Annual vaccination report of Bihar and Orissa - 1911-1928
Year: 1911
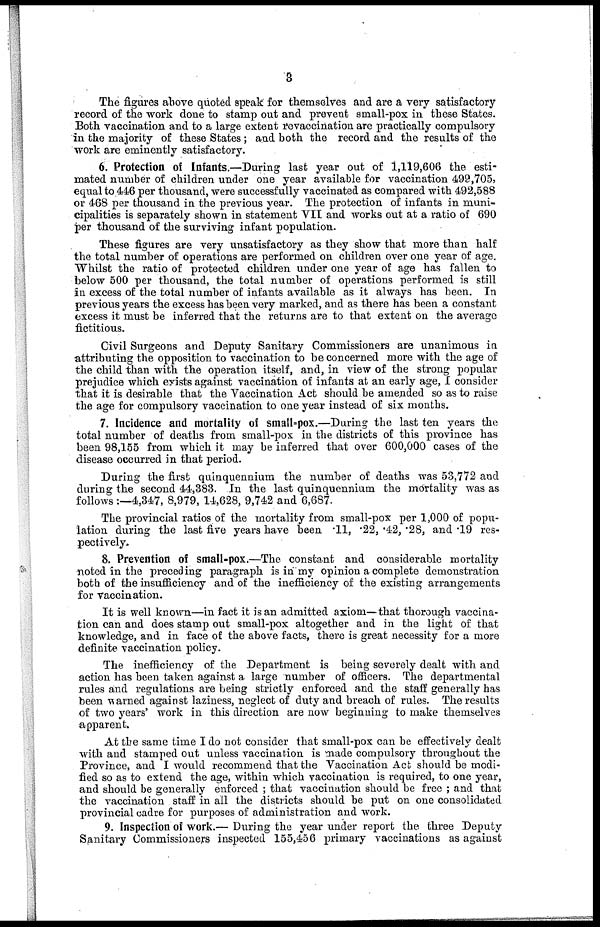
3
The figures above quoted speak for themselves and are a very satisfactory
record of the work done to stamp out and prevent small-pox in these States.
Both vaccination and to a large extent revaccination are practically compulsory
in the majority of these States; and both the record and the results of the
work are eminently satisfactory.
6. Protection of Infants.—During last year out of 1,119,606 the esti-
mated number of children under one year available for vaccination 499,705,
equal to 446 per thousand, were successfully vaccinated as compared with 492,588
or 468 per thousand in the previous year. The protection of infants in muni-
cipalities is separately shown in statement VII and works out at a ratio of 690
per thousand of the surviving infant population.
These figures are very unsatisfactory as they show that more than half
the total number of operations are performed on children over one year of age.
Whilst the ratio of protected children under one year of age has fallen to
below 500 per thousand, the total number of operations performed is still
in excess of the total number of infants available as it always has been. In
previous years the excess has been very marked, and as there has been a constant
excess it must be inferred that the returns are to that extent on the average
fictitious.
Civil Surgeons and Deputy Sanitary Commissioners are unanimous in
attributing the opposition to vaccination to be concerned more with the age of
the child than with the operation itself, and, in view of the strong popular
prejudice which exists against vaccination of infants at an early age, I consider
that it is desirable that the Vaccination Act should be amended so as to raise
the age for compulsory vaccination to one year instead of six months.
7. Incidence and mortality of small-pox.—During the last ten years the
total number of deaths from small-pox in the districts of this province has
been 98,155 from which it may be inferred that over 600,000 cases of the
disease occurred in that period.
During the first quinquennium the number of deaths was 53,772 and
during the second 44,383. In the last quinquennium the mortality was as
follows:—4,347, 8,979, 14,628, 9,742 and 6,687.
The provincial ratios of the mortality from small-pox per 1,000 of popu-
lation during the last five years have been .11, .22, .42, .28, and .19 res-
pectively.
8. Prevention of small-pox.—The constant and considerable mortality
noted in the preceding paragraph is in my opinion a complete demonstration
both of the insufficiency and of the inefficiency of the existing arrangements
for vaccination.
It is well known—in fact it is an admitted axiom—that thorough vaccina-
tion can and does stamp out small-pox altogether and in the light of that
knowledge, and in face of the above facts, there is great necessity for a more
definite vaccination policy.
The inefficiency of the Department is being severely dealt with and
action has been taken against a large number of officers. The departmental
rules and regulations are being strictly enforced and the staff generally has
been warned against laziness, neglect of duty and breach of rules. The results
of two years' work in this direction are now beginning to make themselves
apparent.
At the same time I do not consider that small-pox can be effectively dealt
with and stamped out unless vaccination is made compulsory throughout the
Province, and I would recommend that the Vaccination Act; should be modi-
fied so as to extend the age, within which vaccination is required, to one year,
and should be generally enforced ; that vaccination should be free ; and that
the vaccination staff in all the districts should be put on one consolidated
provincial cadre for purposes of administration and work.
9. Inspection of work.—During the year under report the three Deputy
Sanitary Commissioners inspected 155,456 primary vaccinations as against